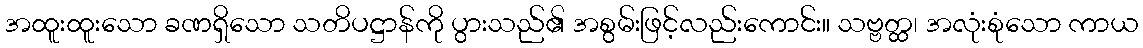
အထူးထူးသော ခဏရှိသော သတိပဋ္ဌာန်ကို ပွားသည်၏ အစွမ်းဖြင့်လည်းကောင်း။ သဗ္ဗတ္ထ၊ အလုံးစုံသော ကာယ